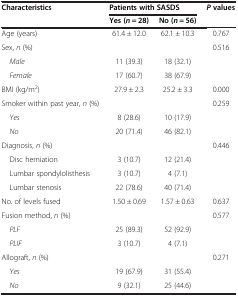
| <ROWSPAN=2> Characteristics | <COLSPAN=2> Patients with SASDS | <ROWSPAN=2> Pvalues |
 | Yes (n = 28) | No (n = 56) |
 | --- | --- | --- | --- |
 | Age (years) | 61.4 ± 12.0 | 62.1 ± 10.3 | 0.767 |
 | Sex, n (%) |  |  | 0.516 |
 | Male | 11 (39.3) | 18 (32.1) |  |
 | Female | 17 (60.7) | 38 (67.9) |  |
 | BMI (kg/m2) | 27.9 ± 2.3 | 25.2 ± 3.3 | 0.000 |
 | Smoker within past year, n (%) |  |  | 0.259 |
 | Yes | 8 (28.6) | 10 (17.9) |  |
 | No | 20 (71.4) | 46 (82.1) |  |
 | Diagnosis, n (%) |  |  | 0.446 |
 | Disc herniation | 3 (10.7) | 12 (21.4) |  |
 | Lumbar spondylolisthesis | 3 (10.7) | 4 (7.1) |  |
 | Lumbar stenosis | 22 (78.6) | 40 (71.4) |  |
 | No. of levels fused | 1.50 ± 0.69 | 1.57 ± 0.63 | 0.637 |
 | Fusion method, n (%) |  |  | 0.577 |
 | PLF | 25 (89.3) | 52 (92.9) |  |
 | PLIF | 3 (10.7) | 4 (7.1) |  |
 | Allograft, n (%) |  |  | 0.271 |
 | Yes | 19 (67.9) | 31 (55.4) |  |
 | No | 9 (32.1) | 25 (44.6) |  |